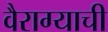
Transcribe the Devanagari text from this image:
वैराग्‍याची